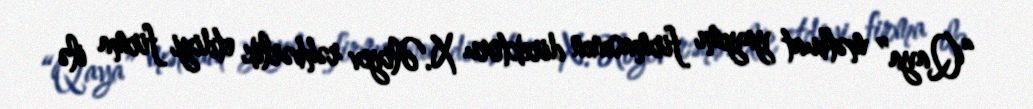
“Qaya” mətbuat yayımı firmasının direktoru X.Əliyev rəhbərlik etdiyi firma ilə